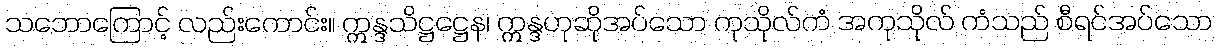
သဘောကြောင့် လည်းကောင်း။ ဣန္ဒသိဋ္ဌဋ္ဌေန၊ ဣန္ဒဟုဆိုအပ်သော ကုသိုလ်ကံ အကုသိုလ် ကံသည် စီရင်အပ်သော